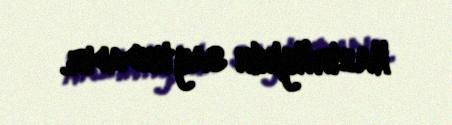
Nazirliyinin saytındadır.